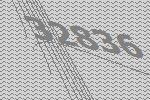
32836